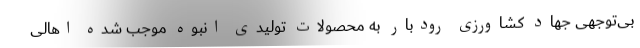
بی‌توجهی جهاد کشاورزی رودبار به محصولات تولیدی انبوه موجب شده اهالی